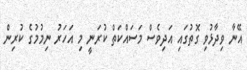
އޭނާ ވިދާޅުވި ގޮތުގައި އަދިވެސް މަސައްކަތް ކުރަނީ މި އަހަރު ނިމުމުގެ ކުރިން